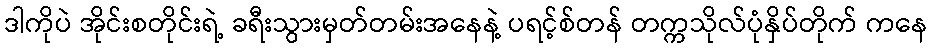
ဒါကိုပဲ အိုင်းစတိုင်းရဲ့ ခရီးသွားမှတ်တမ်းအနေနဲ့ ပရင့်စ်တန် တက္ကသိုလ်ပုံနှိပ်တိုက် ကနေ